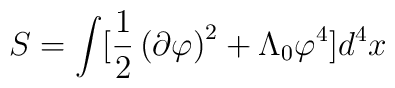
S=\int [\frac{1}{2}\left( \partial \varphi \right) ^{2}+\Lambda _{0}\varphi^{4}]d^{4}x